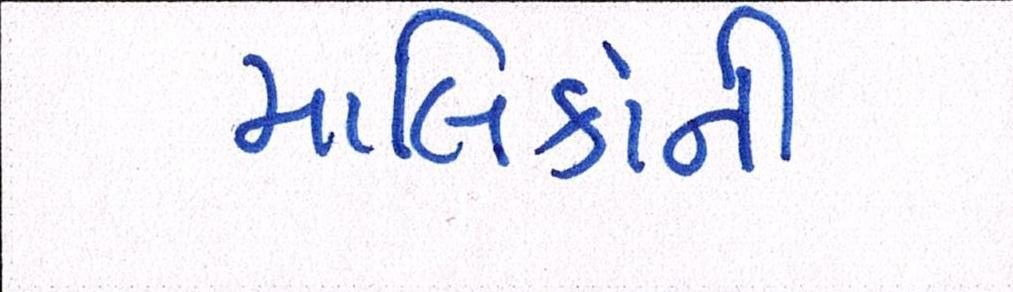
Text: માલિકોની